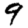
Digit: 9